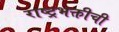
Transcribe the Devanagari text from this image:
राष्ट्रभक्तीची